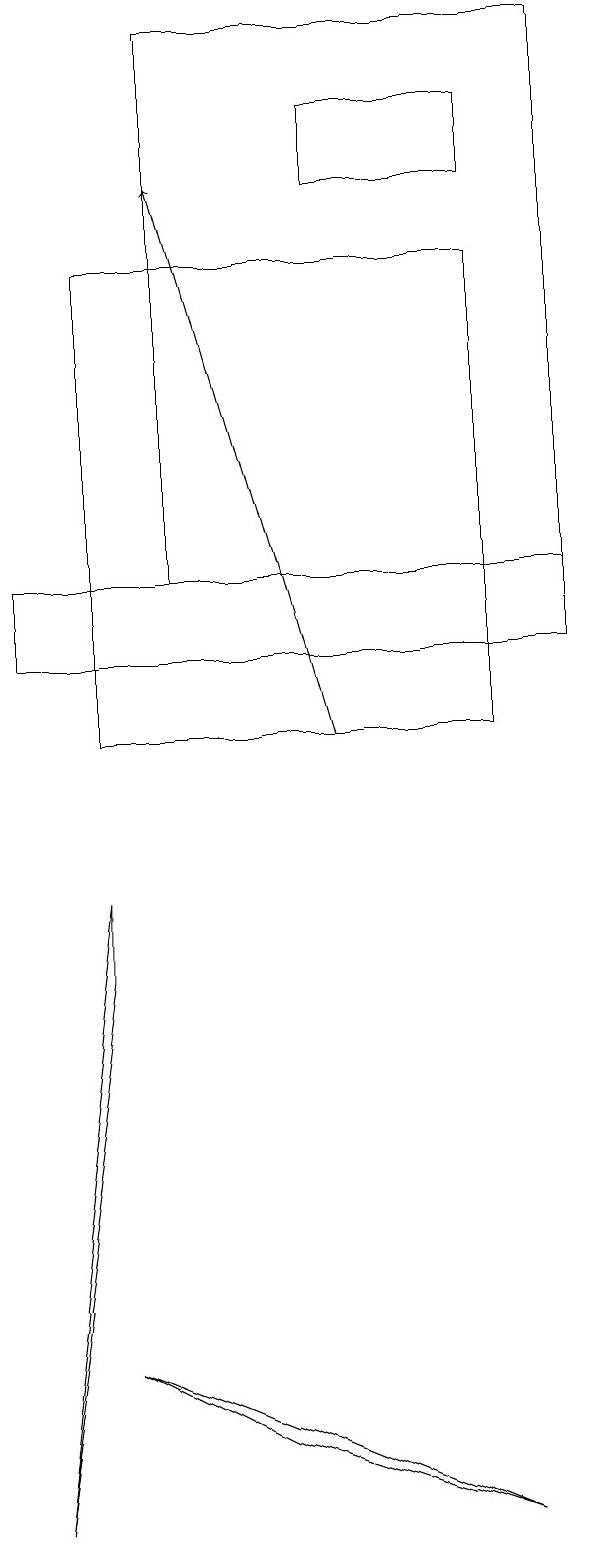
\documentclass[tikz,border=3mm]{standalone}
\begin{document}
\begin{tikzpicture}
\draw (8,0) -- (3,2) -- (5,1) -- cycle;
\draw (3,7) -- (3,8) -- (2,0) -- cycle;
\draw (6,17) rectangle (8,18);
\draw (4,19) rectangle (9,12);
\draw (3,16) rectangle (8,10);
\draw (2,11) rectangle (9,12);
\draw[->] (6,10) -- (4,17);
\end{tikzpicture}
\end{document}